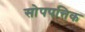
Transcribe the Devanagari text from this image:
सोपपत्तिक